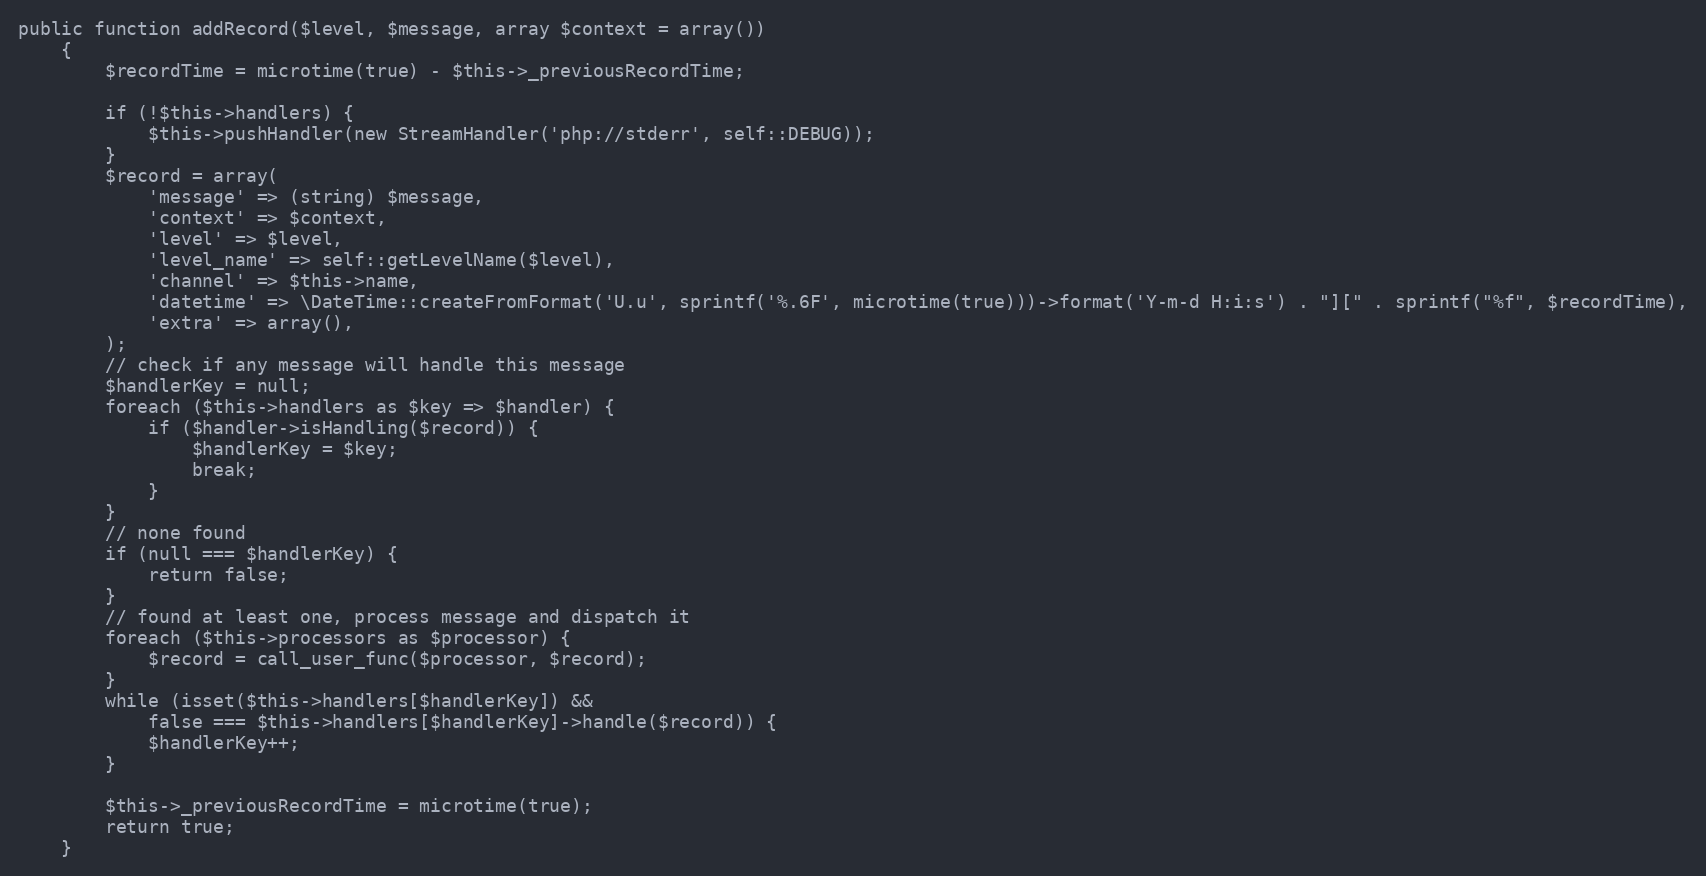
Language: PHP
public function addRecord($level, $message, array $context = array())
    {
        $recordTime = microtime(true) - $this->_previousRecordTime;

        if (!$this->handlers) {
            $this->pushHandler(new StreamHandler('php://stderr', self::DEBUG));
        }
        $record = array(
            'message' => (string) $message,
            'context' => $context,
            'level' => $level,
            'level_name' => self::getLevelName($level),
            'channel' => $this->name,
            'datetime' => \DateTime::createFromFormat('U.u', sprintf('%.6F', microtime(true)))->format('Y-m-d H:i:s') . "][" . sprintf("%f", $recordTime),
            'extra' => array(),
        );
        // check if any message will handle this message
        $handlerKey = null;
        foreach ($this->handlers as $key => $handler) {
            if ($handler->isHandling($record)) {
                $handlerKey = $key;
                break;
            }
        }
        // none found
        if (null === $handlerKey) {
            return false;
        }
        // found at least one, process message and dispatch it
        foreach ($this->processors as $processor) {
            $record = call_user_func($processor, $record);
        }
        while (isset($this->handlers[$handlerKey]) &&
            false === $this->handlers[$handlerKey]->handle($record)) {
            $handlerKey++;
        }

        $this->_previousRecordTime = microtime(true);
        return true;
    }